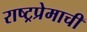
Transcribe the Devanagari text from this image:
राष्ट्रप्रेमाची